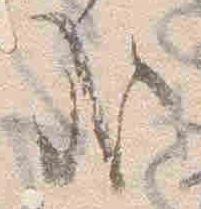
哉